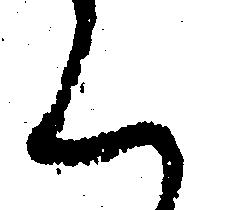
ん